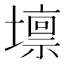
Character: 𡒄